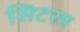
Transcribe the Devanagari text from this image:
सिटरम